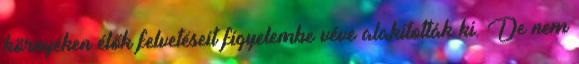
környéken élők felvetéseit figyelembe véve alakították ki. De nem